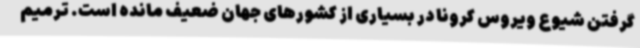
گرفتن شیوع ویروس کرونا در بسیاری از کشورهای جهان ضعیف مانده است. ترمیم